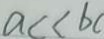
a c < b c